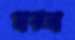
মাঝলা